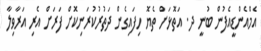
އެމްއެންޑީއެފުން ބުނީ ދ. އަތޮޅަށް ތެޔޮ ހިފައިގެން ދަތުރުކުރަނިކޮށް ފަރަށް އެރި އަރާވިލާ